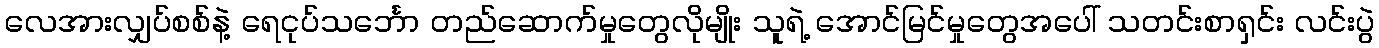
လေအားလျှပ်စစ်နဲ့ ရေငုပ်သင်္ဘော တည်ဆောက်မှုတွေလိုမျိုး သူရဲ့ အောင်မြင်မှုတွေအပေါ် သတင်းစာရှင်း လင်းပွဲ